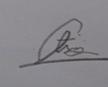
Signature authenticity: genuine